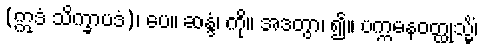
(ဣဒံ သိက္ခာပဒံ)၊ ပေ။ ဆန္ဒံ၊ ကို။ အဒတွာ၊ ၍။ ပက္ကမနဝတ္ထုသ္မိံ၊